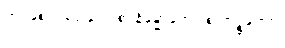
ကဝစေ ဝါရဝါဏေ စ၊ နိမ္မောကေပိ စ ကဉ္စုကော။